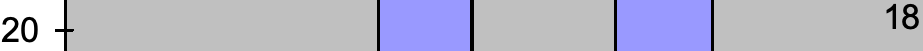
20                           18